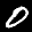
Label: 0